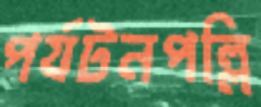
পর্যটনপল্লি